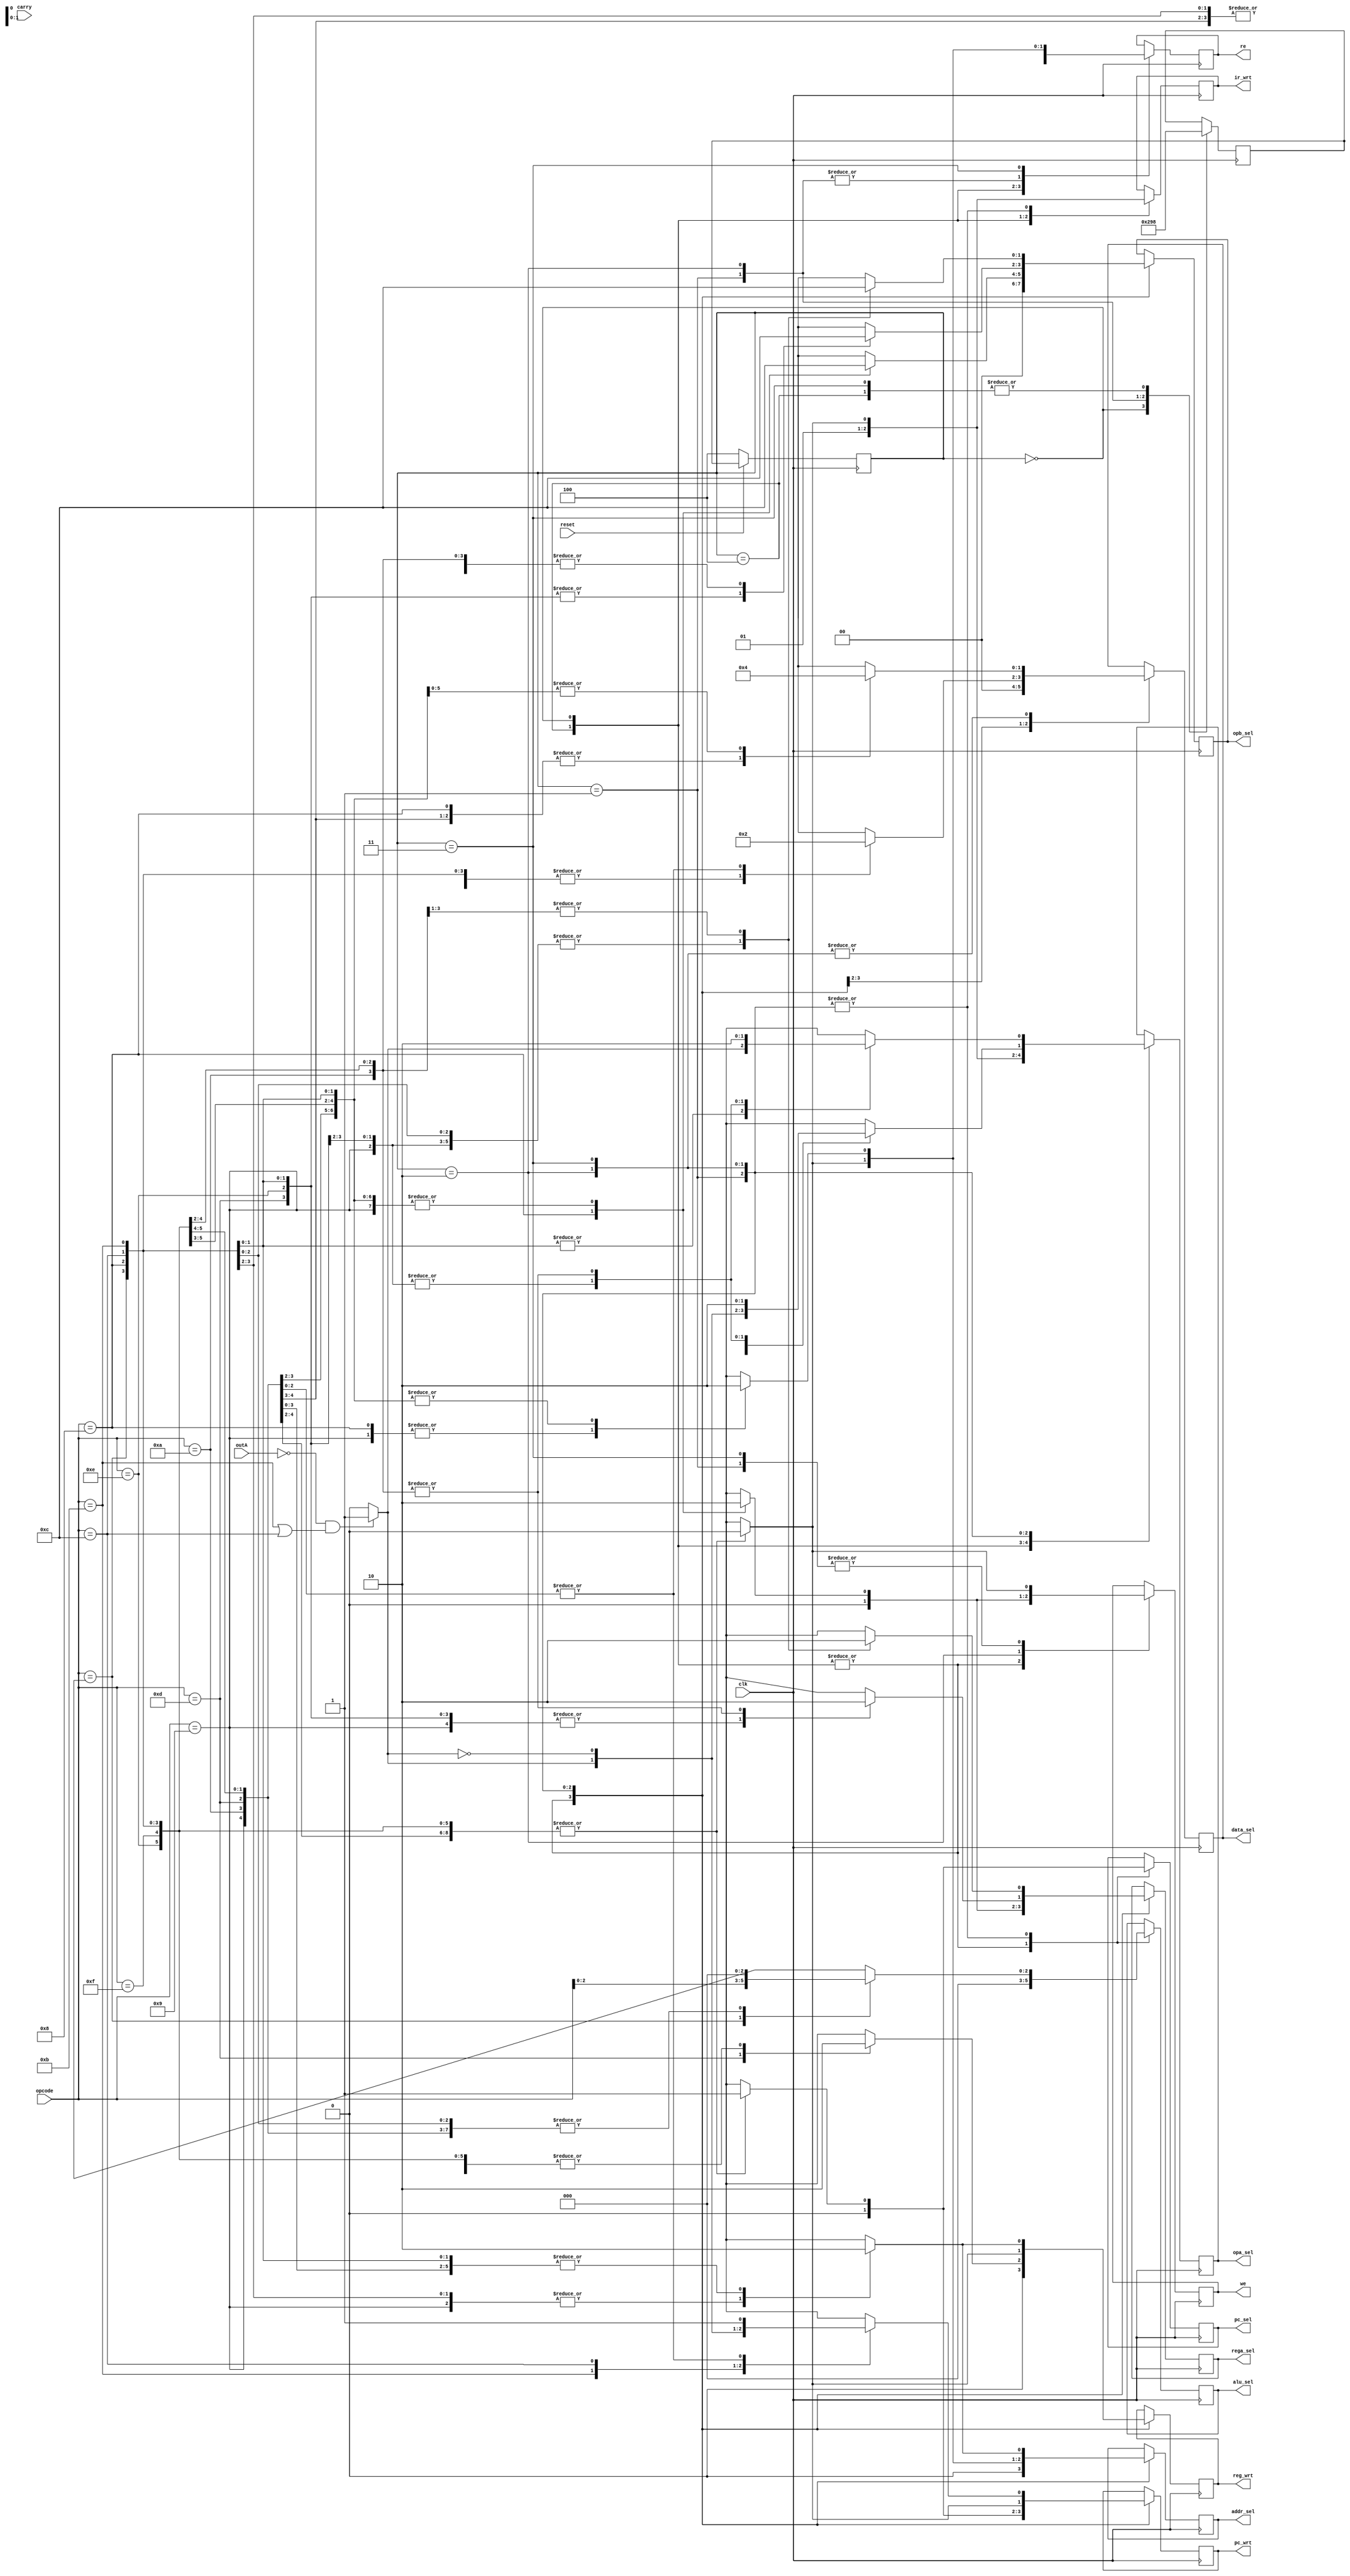
`timescale 1ns / 1ps
//////////////////////////////////////////////////////////////////////////////////
// Company: 
// Engineer: 
// 
// Design Name: 
// Module Name:    control_unit 
// Project Name: 
// Target Devices: 
// Tool versions: 
// Description: 
//
// Dependencies: 
//
// Revision: 
// Revision 0.01 - File Created
// Additional Comments: 
//
//////////////////////////////////////////////////////////////////////////////////
module control_unit(opcode,outA,carry,reset,pc_sel,pc_wrt,addr_sel,
ir_wrt,data_sel,rega_sel,
reg_wrt,opb_sel,opa_sel,
alu_sel,re,we,clk);
output pc_sel,pc_wrt,addr_sel,ir_wrt,rega_sel,reg_wrt,opa_sel,re,we;
output [1:0] data_sel,opb_sel;
output [2:0] alu_sel;
input [3:0] opcode;
input [15:0] outA;
input carry, reset, clk;
reg pc_sel,pc_wrt,addr_sel,ir_wrt,rega_sel,reg_wrt,opa_sel,re,we;
reg [1:0] data_sel,opb_sel;
reg [2:0] alu_sel;
wire [3:0] opcode;
wire [15:0] outA;
wire [2:0] alu_task;
reg [2:0] pstate,nstate;
wire zero;
assign alu_task = opcode;
parameter start=3'b100,s0=3'b000,s1=3'b001,s2=3'b010,s3=3'b011;
assign zero = ((outA == 16'b0)& ((opcode == 4'b1011) | (opcode == 4'b1100)))?1:0;
always @(posedge clk)
begin
  if(~reset)pstate=start;
else pstate = nstate;
end
always@(posedge clk)
      case (pstate)
       start: nstate=s0;
       
       s0: nstate=s1;
s1: nstate=s2;
s2: nstate=s3;
s3: nstate=s0;
endcase
always @(posedge clk)
       case(pstate)
//*****************************************************       
             start: begin
pc_sel=0;
pc_wrt=0;
addr_sel=0;
ir_wrt=0;
rega_sel=0;
reg_wrt=0;
opa_sel=0;
re=0;
we=0;
data_sel=2'b0;
opb_sel=2'b0;
alu_sel=3'b0; end
//****************************************************
s0: begin 
// Retrieve Instruction Word from Main Memory
//Increment Program Counter and Store in ALU Output
pc_sel=0;
pc_wrt=0;
addr_sel=0;
ir_wrt=1;
rega_sel=0;
reg_wrt=0;
opa_sel=1;
re=1;
we=0;
data_sel=2'b00;
opb_sel=2'b00;
alu_sel=3'b000; end
//*****************************************************
s1: begin 
//write incremented Program Count
//Load Operands into Latches from Register File
case(opcode)
4'b0xxx: begin
pc_sel=1;
pc_wrt=1;
addr_sel=0;
ir_wrt=0;
rega_sel=0;
reg_wrt=0;
opa_sel=0;
re=0;
we=0;
data_sel=2'b00;
opb_sel=2'b00;
alu_sel=alu_task; end
4'b1000: begin// Load Immediate word
pc_sel=1;
pc_wrt=1;
addr_sel=0;
ir_wrt=0;
rega_sel=1;
reg_wrt=0;
opa_sel=0;
re=0;
we=0;
data_sel=2'b00;
opb_sel=2'b11;
alu_sel=3'b000; end
4'b1001: begin// Load Word Operation
pc_sel=1;
pc_wrt=1;
addr_sel=0;
ir_wrt=0;
rega_sel=0;
reg_wrt=0;
opa_sel=0;
re=0;
we=0;
data_sel=2'b00;
opb_sel=2'b00;
alu_sel=3'b000; end
4'b1010: begin//Store Word Operation Keep 11:8 0000
pc_sel=1;
pc_wrt=1;
addr_sel=0;
ir_wrt=0;
rega_sel=0;
reg_wrt=0;
opa_sel=0;
re=0;
we=0;
data_sel=2'b00;
opb_sel=2'b00;
alu_sel=3'b000; end
4'b1011: begin//Branch If zero
pc_sel=1;
pc_wrt=1;
addr_sel=0;
ir_wrt=0;
rega_sel=0;
reg_wrt=0;
opa_sel=0;
re=0;
we=0;
data_sel=2'b00;
opb_sel=2'b00;
alu_sel=000; end
4'b1100: begin//Branch if Not zero
pc_sel=1;
pc_wrt=1;
addr_sel=0;
ir_wrt=0;
rega_sel=0;
reg_wrt=0;
opa_sel=0;
re=0;
we=0;
data_sel=2'b00;
opb_sel=2'b00;
alu_sel=000; end
4'b1101: begin//Jump and link 
pc_sel=1;
pc_wrt=1;
addr_sel=0;
ir_wrt=0;
rega_sel=0;
reg_wrt=1;
opa_sel=0;
re=0;
we=0;
data_sel=2'b10;
opb_sel=2'b00;
alu_sel=000; end
4'b1110: begin//Simple Jump 
pc_sel=1;
pc_wrt=1;
addr_sel=0;
ir_wrt=0;
rega_sel=0;
reg_wrt=0;
opa_sel=0;
re=0;
we=0;
data_sel=2'b10;
opb_sel=2'b00;
alu_sel=000; end
4'b1111: begin//Jump Return-- PC = Rs
pc_sel=1;
pc_wrt=1;
addr_sel=0;
ir_wrt=0;
rega_sel=0;
reg_wrt=0;
opa_sel=0;
re=0;
we=0;
data_sel=2'b10;
opb_sel=2'b00;
alu_sel=000; end
endcase
end
//*****************************************************
s2: begin 
//Perform ALU Operation based instruction word and store in ALU Out
//Move Memory Word into MDR for Load Word operation
//Write Data into Memory from Register File for Store Word operation
case(opcode)
4'b0xxx: begin
pc_sel=1;
pc_wrt=0;
addr_sel=0;
ir_wrt=0;
rega_sel=0;
reg_wrt=0;
opa_sel=0;
re=0;
we=0;
data_sel=2'b00;
opb_sel=2'b00;
alu_sel=alu_task; end
4'b1000: begin // Load Immediate word operation 
pc_sel=1;
pc_wrt=0;
addr_sel=1;
ir_wrt=0;
rega_sel=0;
reg_wrt=0;
opa_sel=0;
re=0;
we=1;
data_sel=2'b01;
opb_sel=2'b00;
alu_sel=3'b000; end
4'b1001: begin// Load Word Operation 
pc_sel=1;
pc_wrt=0;
addr_sel=1;
ir_wrt=0;
rega_sel=1;
reg_wrt=0;
opa_sel=1;
re=0;
we=0;
data_sel=2'b01;
opb_sel=2'b00;
alu_sel=3'b000; end
4'b1010: begin//Store Word Operation Keep 11:8 0000
pc_sel=1;
pc_wrt=0;
addr_sel=0;
ir_wrt=0;
rega_sel=0;
reg_wrt=0;
opa_sel=0;
re=0;
we=0;
data_sel=2'b01;
opb_sel=2'b00;
alu_sel=3'b000; end
4'b1011: begin//Branch If Zero
pc_sel=1;
pc_wrt=0;
addr_sel=0;
ir_wrt=0;
rega_sel=1;
reg_wrt=0;
opa_sel=zero;
re=0;
we=0;
data_sel=2'b00;
opb_sel=2'b11;
alu_sel=000; end
4'b1100: begin//Branch If not Zero
pc_sel=1;
pc_wrt=0;
addr_sel=0;
ir_wrt=0;
rega_sel=1;
reg_wrt=0;
opa_sel=~zero;
re=0;
we=0;
data_sel=2'b00;
opb_sel=2'b11;
alu_sel=000; end
4'b1101: begin//Jump and Link
pc_sel=1;
pc_wrt=0;
addr_sel=0;
ir_wrt=0;
rega_sel=1;
reg_wrt=0;
opa_sel=1;
re=0;
we=0;
data_sel=2'b00;
opb_sel=2'b11;
alu_sel=000; end
4'b1110: begin// Simple Jump
pc_sel=1;
pc_wrt=0;
addr_sel=0;
ir_wrt=0;
rega_sel=1;
reg_wrt=0;
opa_sel=1;
re=0;
we=0;
data_sel=2'b00;
opb_sel=2'b11;
alu_sel=000; end
4'b1111: begin// Jump Return
pc_sel=1;
pc_wrt=0;
addr_sel=0;
ir_wrt=0;
rega_sel=0;
reg_wrt=0;
opa_sel=0;
re=0;
we=0;
data_sel=2'b00;
opb_sel=2'b00;
alu_sel=000; end
endcase
end
//*****************************************************
s3: begin
//Write ALU, IR (Immediate), or MDR data into Register File
//Write new Program Count for Jump Operation or it Branch taken
case(opcode)
4'b0xxx: begin
pc_sel=1;
pc_wrt=0;
addr_sel=1;
ir_wrt=0;
rega_sel=0;
reg_wrt=1;
opa_sel=0;
re=0;
we=0;
data_sel=2'b00;
opb_sel=2'b00;
alu_sel=alu_task; end
4'b1000: begin // Load Immediate word 
pc_sel=1;
pc_wrt=0;
addr_sel=1;
ir_wrt=0;
rega_sel=1;
reg_wrt=1;
opa_sel=0;
re=1;
we=0;
data_sel=2'b01;
opb_sel=2'b11;
alu_sel=3'b000; end
4'b1001: begin// Load Word Operation 
pc_sel=1;
pc_wrt=0;
addr_sel=1;
ir_wrt=0;
rega_sel=1;
reg_wrt=1;
opa_sel=1;
re=1;
we=0;
data_sel=2'b01;
opb_sel=2'b11;
alu_sel=3'b000; end
4'b1010: begin//Store Word Operation Keep 11:8 0000
pc_sel=1;
pc_wrt=0;
addr_sel=0;
ir_wrt=0;
rega_sel=0;
reg_wrt=0;
opa_sel=0;
re=0;
we=0;
data_sel=2'b01;
opb_sel=2'b00;
alu_sel=3'b000; end
4'b1011: begin//Branch If Zero 
pc_sel=1;
pc_wrt=zero;
addr_sel=0;
ir_wrt=0;
rega_sel=1;
reg_wrt=0;
opa_sel=zero;
re=0;
we=0;
data_sel=2'b00;
opb_sel=2'b11;
alu_sel=000; end
4'b1100: begin//Branch if not zero
pc_sel=1;
pc_wrt=~zero;
addr_sel=0;
ir_wrt=0;
rega_sel=1;
reg_wrt=0;
opa_sel=zero;
re=0;
we=0;
data_sel=2'b00;
opb_sel=2'b11;
alu_sel=000; end
4'b1101: begin//Jump and Link
pc_sel=1;
pc_wrt=1;
addr_sel=0;
ir_wrt=0;
rega_sel=1;
reg_wrt=0;
opa_sel=1;
re=0;
we=0;
data_sel=2'b00;
opb_sel=2'b11;
alu_sel=000; end
4'b1110: begin//Simple Jump
pc_sel=1;
pc_wrt=1;
addr_sel=0;
ir_wrt=0;
rega_sel=1;
reg_wrt=0;
opa_sel=1;
re=0;
we=0;
data_sel=2'b00;
opb_sel=2'b11;
alu_sel=000; end
4'b1111: begin//Jump Return
pc_sel=1;
pc_wrt=1;
addr_sel=0;
ir_wrt=0;
rega_sel=0;
reg_wrt=0;
opa_sel=0;
re=0;
we=0;
data_sel=2'b00;
opb_sel=2'b00;
alu_sel=000; end
endcase
end
endcase
endmodule